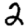
Digit: 2